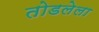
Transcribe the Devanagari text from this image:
तोडलेला